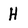
Character: H